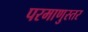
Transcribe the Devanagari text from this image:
परमाणुस्तर